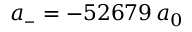
a _ { \scriptscriptstyle - } = - 5 2 6 7 9 \, a _ { 0 }